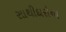
સાથીદારોના